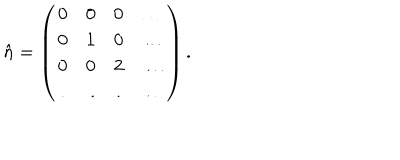
\hat { n } = \left( \begin{array} { c r c l } { { 0 } } & { { 0 } } & { { 0 } } & { { \ldots } } \\ { { 0 } } & { { 1 } } & { { 0 } } & { { \ldots } } \\ { { 0 } } & { { 0 } } & { { 2 } } & { { \ldots } } \\ { { . } } & { { . } } & { { . } } & { { \ldots } } \\ \end{array} \right) .